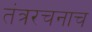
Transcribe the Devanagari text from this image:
तंत्ररचनाच